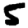
Digit: 5